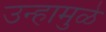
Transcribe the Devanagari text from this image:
उन्हामुळे